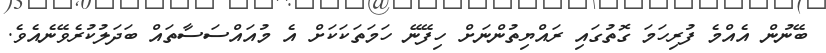
ބޭނުން އެއްމެ ފުރިހަމަ ގޮތުގައި ރައްޔިތުންނަށް ހިފޭނޭ ހަމަތަކަކަށް އެ މުއައްސަސާތައް ބަދަލުކުރެވޭނެއެވެ.